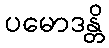
ပမောဒန္တိ